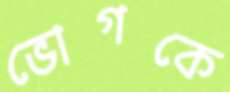
ভোগকে